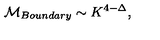
{ \cal M } _ { B o u n d a r y } \sim K ^ { 4 - \Delta } ,